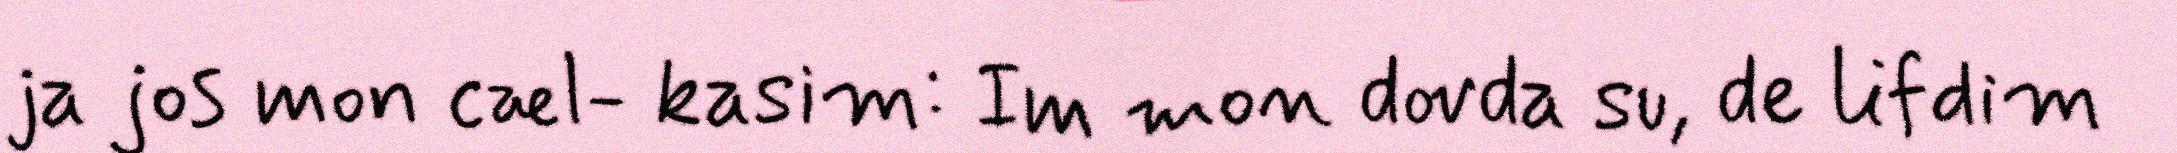
ja jos mon cæl- kasim: Im mon dovda su, de lifdim